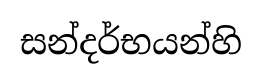
සන්දර්භයන්හි